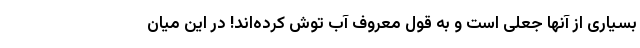
بسیاری از آنها جعلی است و به قول معروف آب توش کرده‌اند! در این میان